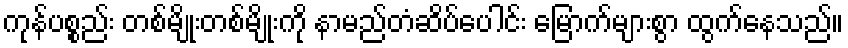
ကုန်ပစ္စည်း တစ်မျိုးတစ်မျိုးကို နာမည်တံဆိပ်ပေါင်း မြောက်များစွာ ထွက်နေသည်။